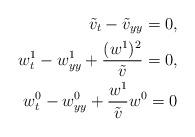
LaTeX: \begin{align*}\tilde v_t-\tilde v_{yy}=0,\\w^1_t-w^1_{yy}+\frac{(w^1)^2}{\tilde v}=0,\\w^0_t-w^0_{yy}+\frac{w^1}{\tilde v}w^0=0\end{align*}